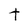
Character: t